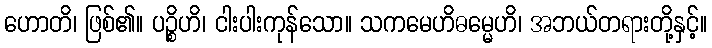
ဟောတိ၊ ဖြစ်၏။ ပဉ္စိဟိ၊ ငါးပါးကုန်သော။ သကမေဟိဓမ္မေဟိ၊ အဘယ်တရားတို့နှင့်။